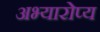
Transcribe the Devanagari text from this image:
अभ्यारोप्य